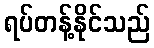
ရပ်တန့်နိုင်သည်